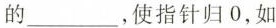
的___，使指针归0，如